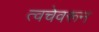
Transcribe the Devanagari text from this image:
त्वचेवरून